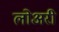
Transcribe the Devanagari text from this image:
लोअरी